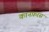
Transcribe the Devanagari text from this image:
कानफ़रस